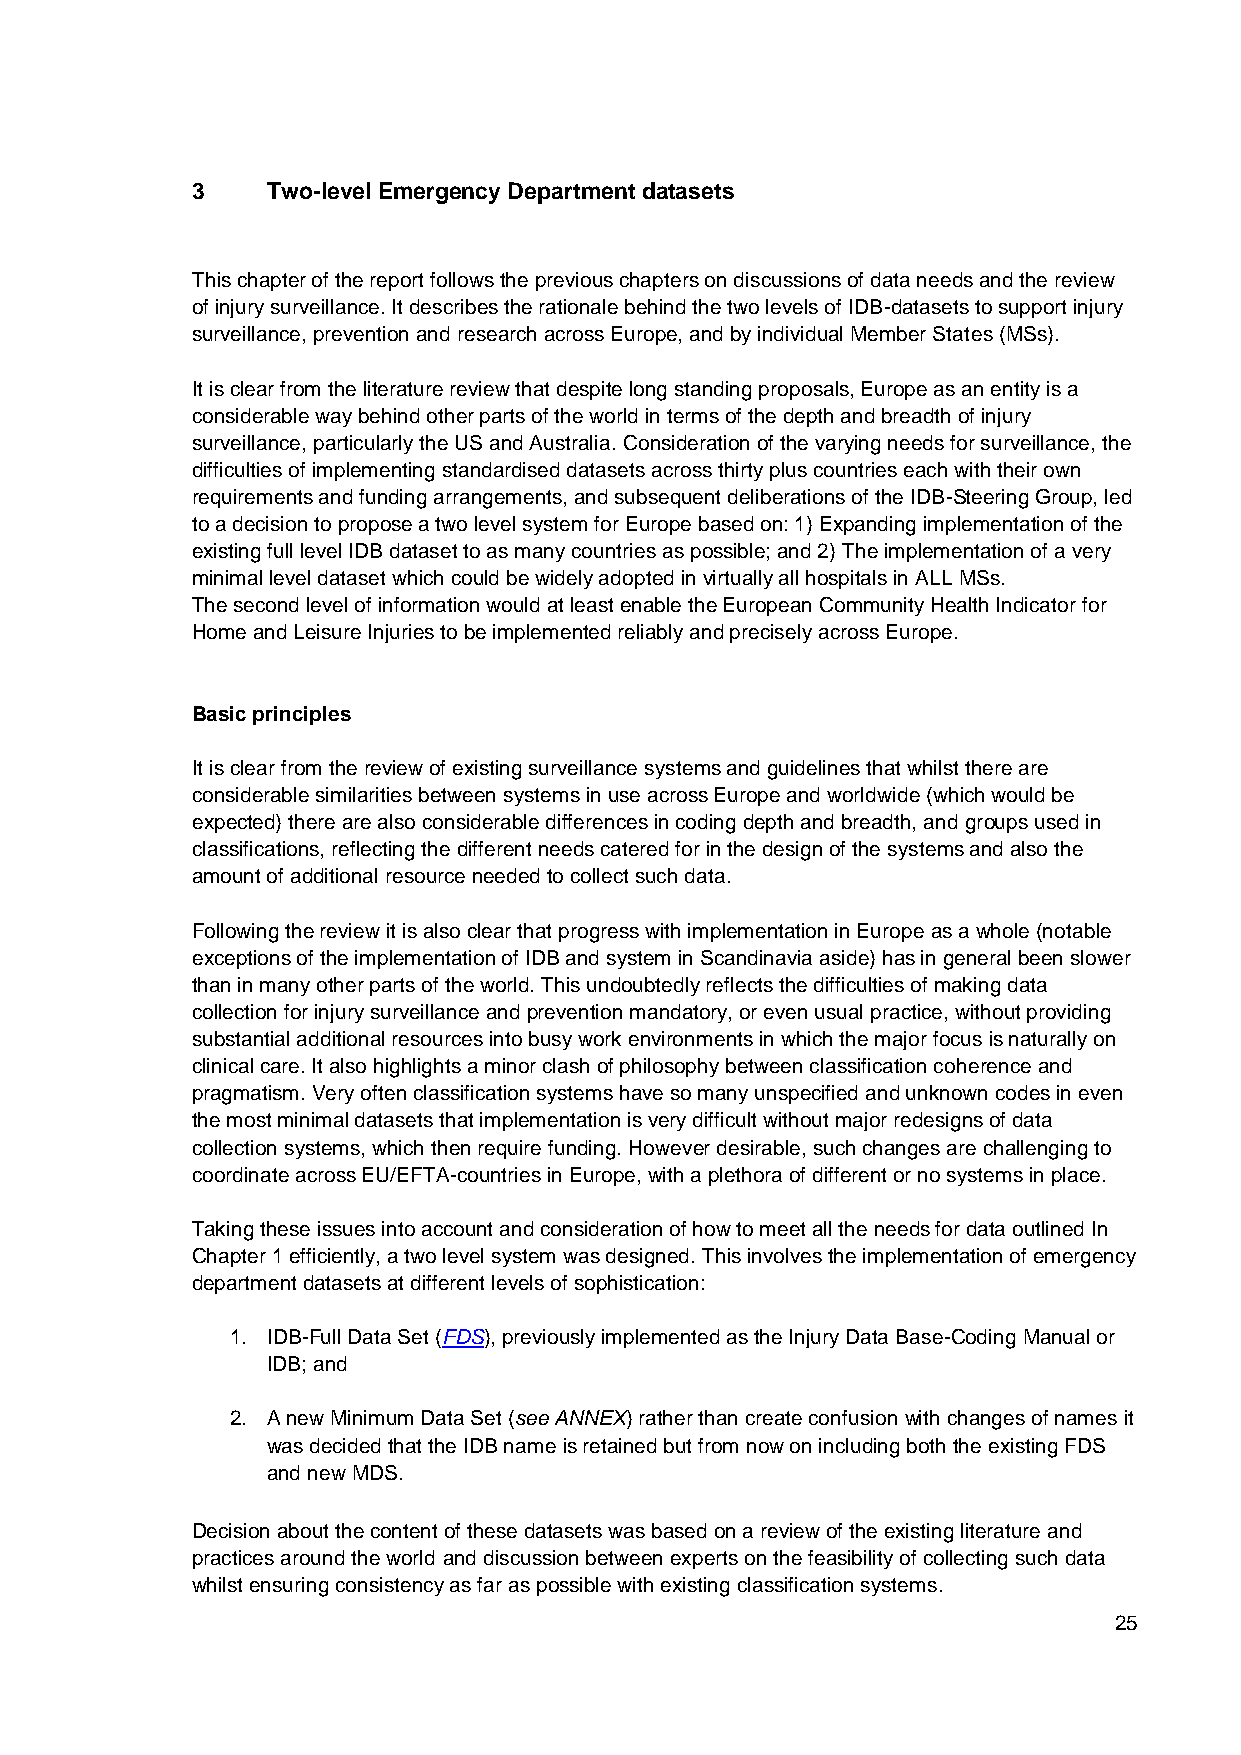
3    Two-level Emergency Department datasets
 This chapter of the report follows the previous chapters on discussions of data needs and the review
 of injury surveillance. It describes the rationale behind the two levels of IDB-datasets to support injury
 surveillance, prevention and research across Europe, and by individual Member States (MSs).
 It is clear from the literature review that despite long standing proposals, Europe as an entity is a
 considerable way behind other parts of the world in terms of the depth and breadth of injury
 surveillance, particularly the US and Australia. Consideration of the varying needs for surveillance, the
 difficulties of implementing standardised datasets across thirty plus countries each with their own
 requirements and funding arrangements, and subsequent deliberations of the IDB-Steering Group, led
 to a decision to propose a two level system for Europe based on: 1) Expanding implementation of the
 existing full level IDB dataset to as many countries as possible; and 2) The implementation of a very
 minimal level dataset which could be widely adopted in virtually all hospitals in ALL MSs.
 The second level of information would at least enable the European Community Health Indicator for
 Home and Leisure Injuries to be implemented reliably and precisely across Europe.
 Basic principles
 It is clear from the review of existing surveillance systems and guidelines that whilst there are
 considerable similarities between systems in use across Europe and worldwide (which would be
 expected) there are also considerable differences in coding depth and breadth, and groups used in
 classifications, reflecting the different needs catered for in the design of the systems and also the
 amount of additional resource needed to collect such data.
 Following the review it is also clear that progress with implementation in Europe as a whole (notable
 exceptions of the implementation of IDB and system in Scandinavia aside) has in general been slower
 than in many other parts of the world. This undoubtedly reflects the difficulties of making data
 collection for injury surveillance and prevention mandatory, or even usual practice, without providing
 substantial additional resources into busy work environments in which the major focus is naturally on
 clinical care. It also highlights a minor clash of philosophy between classification coherence and
 pragmatism. Very often classification systems have so many unspecified and unknown codes in even
 the most minimal datasets that implementation is very difficult without major redesigns of data
 collection systems, which then require funding. However desirable, such changes are challenging to
 coordinate across EU/EFTA-countries in Europe, with a plethora of different or no systems in place.
 Taking these issues into account and consideration of how to meet all the needs for data outlined In
 Chapter 1 efficiently, a two level system was designed. This involves the implementation of emergency
 department datasets at different levels of sophistication:
 1. IDB-Full Data Set (FDS), previously implemented as the Injury Data Base-Coding Manual or
 IDB; and
 2. A new Minimum Data Set (see ANNEX) rather than create confusion with changes of names it
 was decided that the IDB name is retained but from now on including both the existing FDS
 and new MDS.
 Decision about the content of these datasets was based on a review of the existing literature and
 practices around the world and discussion between experts on the feasibility of collecting such data
 whilst ensuring consistency as far as possible with existing classification systems.
 25